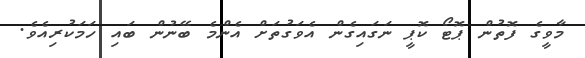
މާވީގެ ފޮތުން ޕޮޓޯ ކޮޕީ ނަގައިގެން އެވަގުތަށް އެންމެ ބޭނުން ބައި ހަމަކުރިއެވެ.